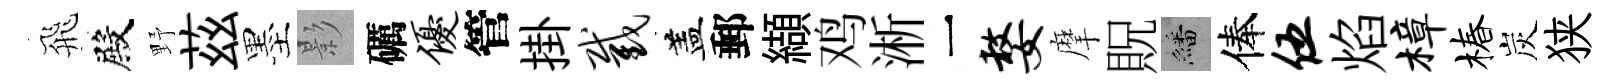
飛殿野茲墨影礪优管掛截盖郵纈鸡淅一嫠摩貺繙俸伍焰樟椿炭狭